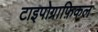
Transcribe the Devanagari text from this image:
टाइपोग्राफ़िकल